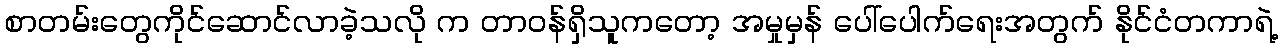
စာတမ်းတွေကိုင်ဆောင်လာခဲ့သလို က တာဝန်ရှိသူကတော့ အမှုမှန် ပေါ်ပေါက်ရေးအတွက် နိုင်ငံတကာရဲ့